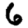
Digit: 6